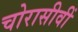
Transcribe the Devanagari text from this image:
चोरासीवीं